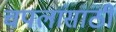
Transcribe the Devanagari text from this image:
चपलांसाठी